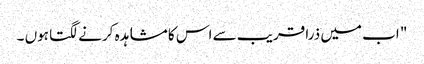
" اب میں ذرا قریب سے اس کا مشاہدہ کرنے لگتا ہوں ۔